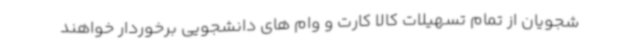
شجویان از تمام تسهیلات کالا کارت و وام های دانشجویی برخوردار خواهند